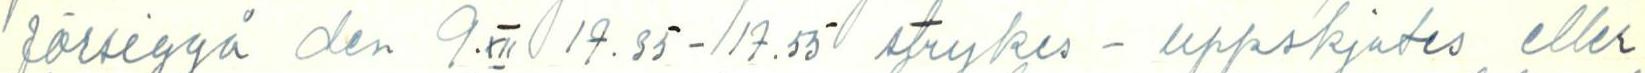
försiggå den 9 XII 19.35 - 17.55 strykes - uppskjutas eller